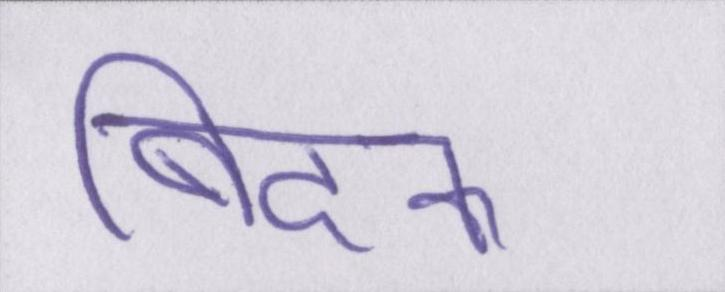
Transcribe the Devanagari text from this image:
बिदक